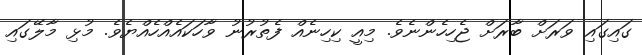
ގައިގައި ވަރަށް ބާރަށް ޖެހިހެންނެވެ. މިއީ ކިހިނެއް ފެތުރުނު ވާހަކައެއްހެއްޔެވެ. މުޅި މާލޭގައި